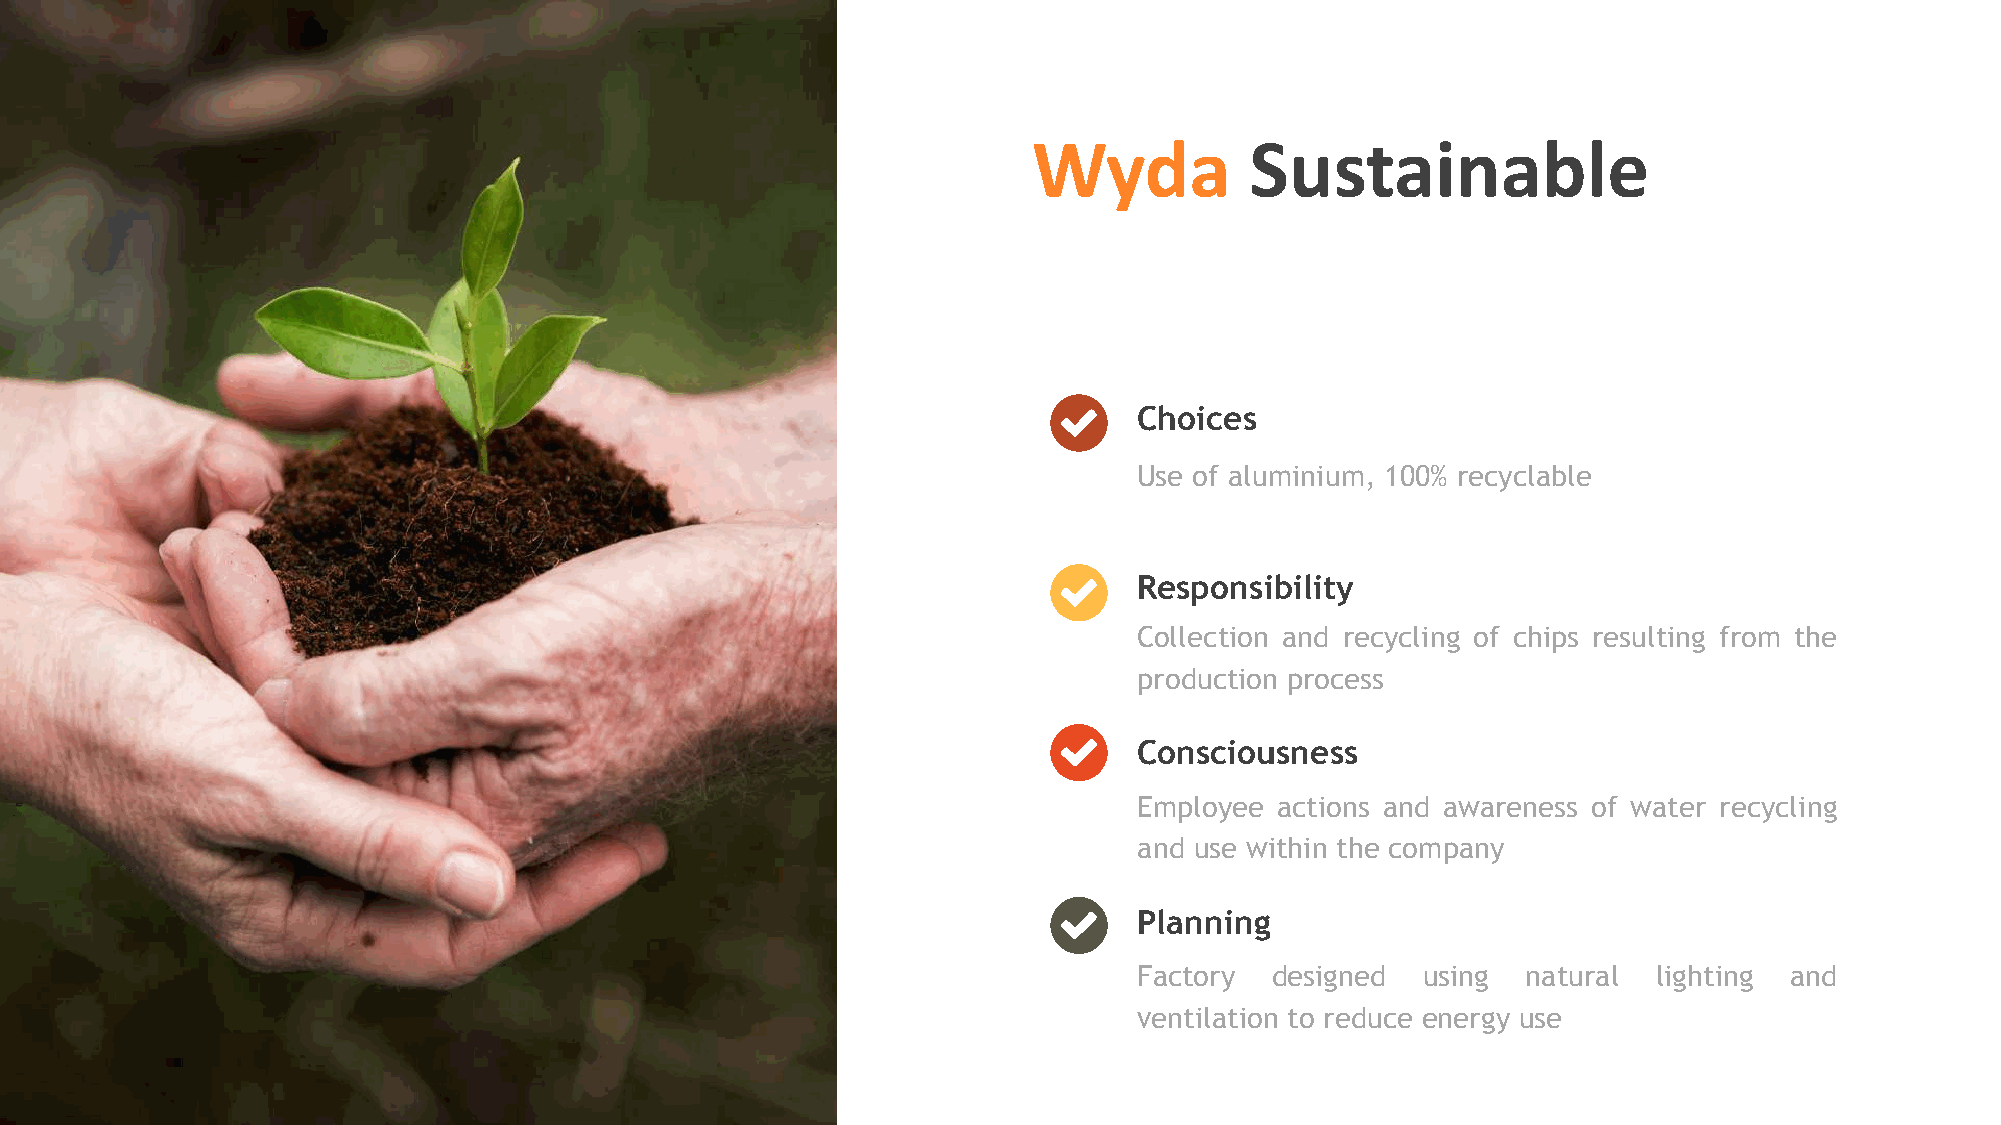
Wyda           Sustainable
 Choices
 Use of aluminium, 100% recyclable
 Responsibility
 Collection and recycling of chips resulting from the
 production process
 Consciousness
 Great         Menus
 Employee actions and awareness of water recycling
 and use within the company
 Planning
 Factory  designed  using  natural  lighting and
 ventilation to reduce energy use